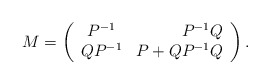
\begin{align*}M=\left(\begin{array}{crc}P^{-1}&P^{-1}Q\\QP^{-1}&P+QP^{-1}Q\\\end{array}\right).\end{align*}